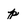
Character: p